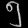
Digit: ၅